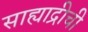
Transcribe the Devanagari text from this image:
साह्याद्रीची